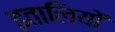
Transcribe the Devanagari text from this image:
इतालियों